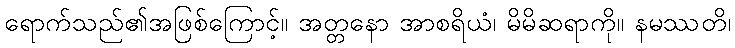
ရောက်သည်၏အဖြစ်ကြောင့်။ အတ္တနော အာစရိယံ၊ မိမိဆရာကို။ နမဿတိ၊